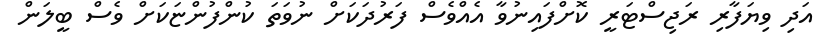
އަދި ވިޔަފާރި ރަޖިސްޓަރީ ކޮށްފައިނުވާ އެއްވެސް ފަރުދަކަށް ނުވަތަ ކުންފުންޏަކަށް ވެސް ބީލަން